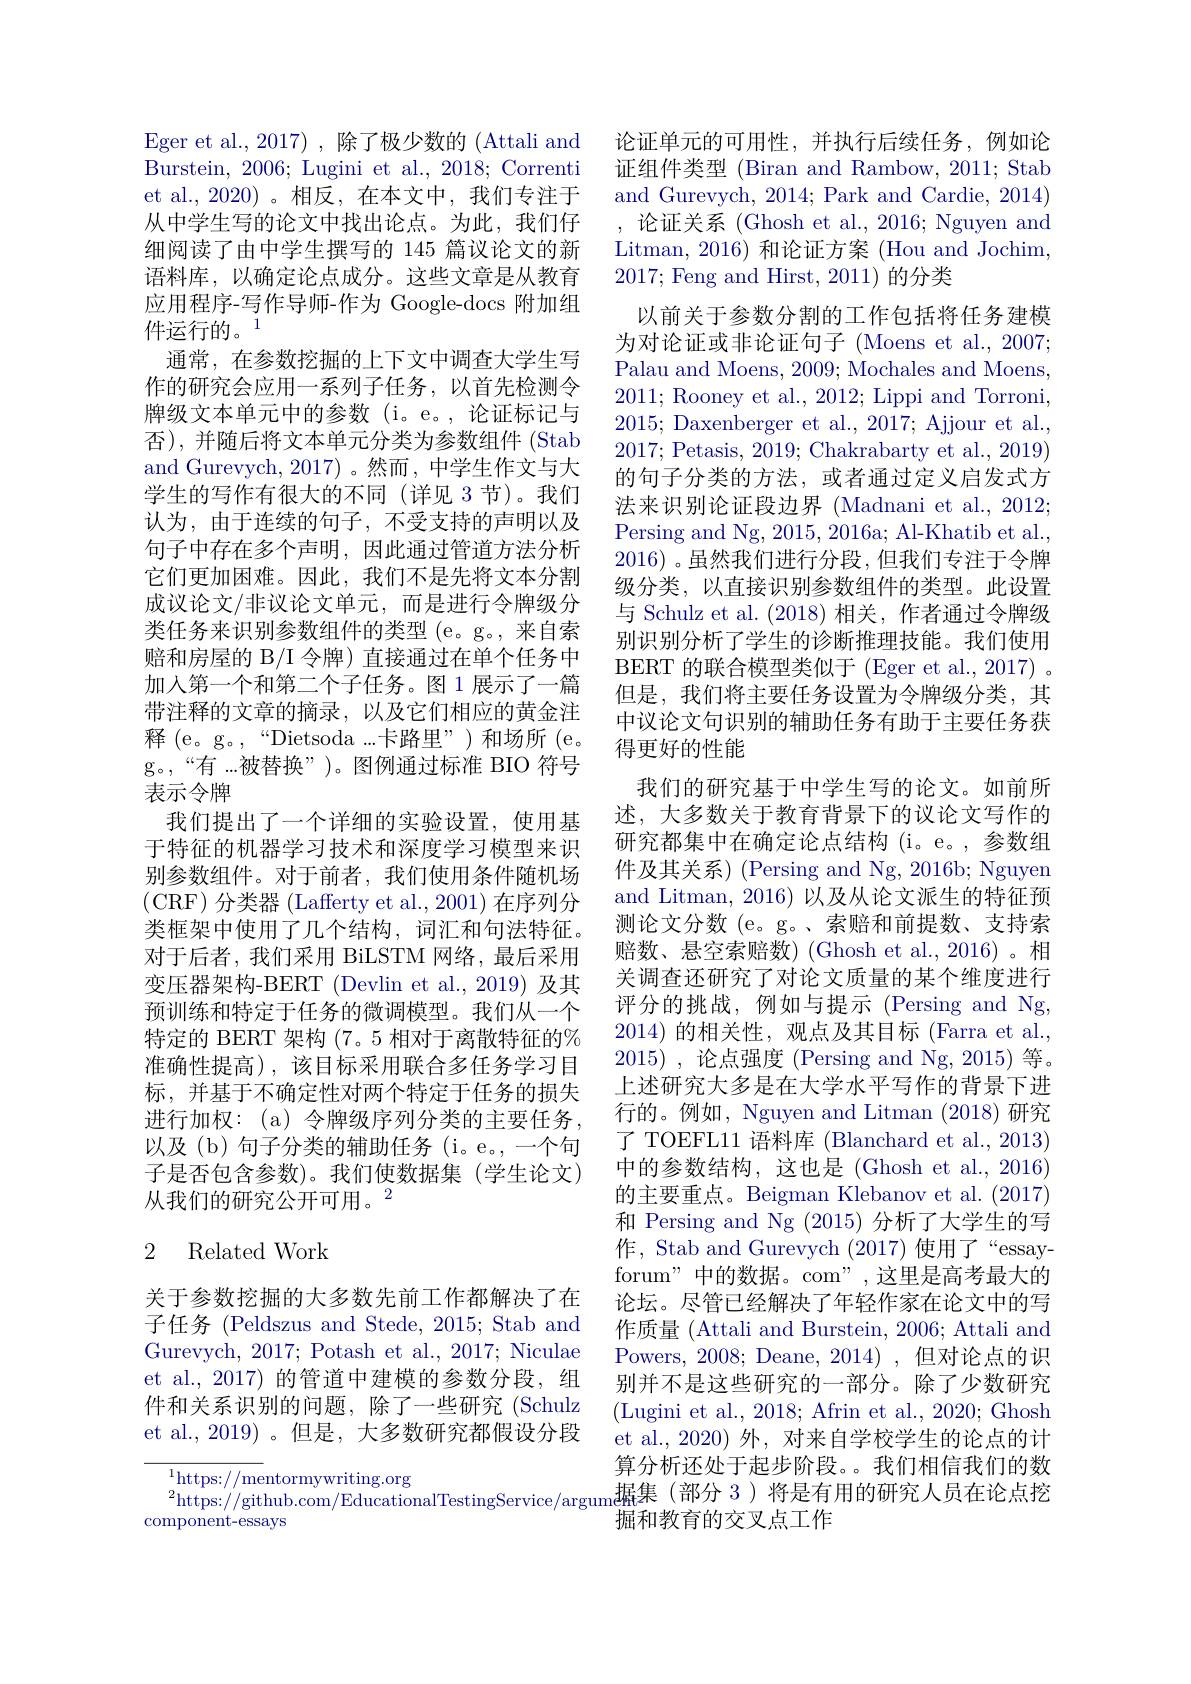
Eger et al., 2017) , 除了极少数的 (Attali and Burstein, 2006; Lugini et al., 2018; Correnti et al.,2020)。相反，在本文中，我们专注于从中学生写的论文中找出论点。为此，我们仔细阅读了由中学生撰写的 145 篇议论文的新语料库，以确定论点成分。这些文章是从教育应用程序-写作导师-作为 Google-docs 附加组件运行的。$\tilde{1}$
通常，在参数挖掘的上下文中调查大学生写作的研究会应用一系列子任务，以首先检测令牌级文本单元中的参数(i。e。,论证标记与否), 并随后将文本单元分类为参数组件 (Stab and Gurevych, 2017) 。然而 , 中学生作文与大学生的写作有很大的不同(详见 3 节)。我们认为，由于连续的句子，不受支持的声明以及句子中存在多个声明，因此通过管道方法分析它们更加困难。因此，我们不是先将文本分割成议论文/非议论文单元，而是进行令牌级分类任务来识别参数组件的类型 (e。g。, 来自索赔和房屋的 B/I 令牌) 直接通过在单个任务中加入第一个和第二个子任务。图 1 展示了一篇带注释的文章的摘录，以及它们相应的黄金注释 (e。g。,“Dietsoda...卡路里”)和场所 (e。g。,“有...被替换”)。图例通过标准 BIO 符号表示令牌
我们提出了一个详细的实验设置，使用基于特征的机器学习技术和深度学习模型来识别参数组件。对于前者，我们使用条件随机场(CRF)分类器 (Lafferty et al.,2001) 在序列分类框架中使用了几个结构，词汇和句法特征。对于后者，我们采用 BiLSTM 网络，最后采用变压器架构-BERT (Devlin et al.,2019) 及其预训练和特定于任务的微调模型。我们从一个特定的 BERT 架构 (7。5 相对于离散特征的% 准确性提高),该目标采用联合多任务学习目标，并基于不确定性对两个特定于任务的损失进行加权：(a)令牌级序列分类的主要任务， 以及(b)句子分类的辅助任务(i。e。,一个句子是否包含参数)。我们使数据集(学生论文) 从我们的研究公开可用。2

论证单元的可用性，并执行后续任务，例如论证组件类型 (Biran and Rambow, 2011; Stab and Gurevych, 2014; Park and Cardie, 2014) ,论证关系(Ghosh et al.,2016; Nguyen and Litman, 2016) 和论证方案 (Hou and Jochim, 2017; Feng and Hirst, 2011) 的分类
以前关于参数分割的工作包括将任务建模为对论证或非论证句子(Moens et al., 2007; Palau and Moens, 2009; Mochales and Moens, 2011; Rooney et al., 2012; Lippi and Torroni, 2015; Daxenberger et al., 2017; Ajjour et al., 2017; Petasis, 2019; Chakrabarty et al., 2019) 的句子分类的方法，或者通过定义启发式方法来识别论证段边界(Madnani et al., 2012; Persing and Ng, 2015, 2016a; Al-Khatib et al., 2016)。虽然我们进行分段，但我们专注于令牌级分类，以直接识别参数组件的类型。此设置与 Schulz et al. (2018)相关，作者通过令牌级别识别分析了学生的诊断推理技能。我们使用BERT 的联合模型类似于 (Eger et al., 2017) 。但是，我们将主要任务设置为令牌级分类，其中议论文句识别的辅助任务有助于主要任务获得更好的性能
我们的研究基于中学生写的论文。如前所述，大多数关于教育背景下的议论文写作的研究都集中在确定论点结构(i。e。,参数组件及其关系) (Persing and Ng, 2016b; Nguyen and Litman, 2016) 以及从论文派生的特征预测论文分数 (e。g。、索赔和前提数、支持索赔数、悬空索赔数)(Ghosh et al.,2016)。相关调查还研究了对论文质量的某个维度进行评分的挑战，例如与提示 (Persing and Ng, 2014)的相关性，观点及其目标 (Farra et al., 2015) ,论点强度 (Persing and Ng, 2015) 等。上述研究大多是在大学水平写作的背景下进行的。例如，Nguyen and Litman (2018)研究了 TOEFL11 语料库 (Blanchard et al., 2013) 中的参数结构，这也是(Ghosh et al., 2016) 的主要重点。Beigman Klebanov et al. (2017) 和 Persing and Ng (2015)分析了大学生的写作，Stab and Gurevych (2017) 使用了“essayforum" 中的数据。com",这里是高考最大的论坛。尽管已经解决了年轻作家在论文中的写作质量 (Attali and Burstein, 2006; Attali and Powers, 2008; Deane, 2014) ,但对论点的识别并不是这些研究的一部分。除了少数研究(Lugini et al., 2018; Afrin et al., 2020; Ghosh et al.,2020) 外，对来自学校学生的论点的计算分析还处于起步阶段。。我们相信我们的数
$$^{2}$https://github.com/EducationalTestingService/argume_{\mathrm{He}}$据集(部分 3)将是有用的研究人员在论点挖
掘和教育的交叉点工作

### 2 Related Work

关于参数挖掘的大多数先前工作都解决了在子任务 (Peldszus and Stede, 2015; Stab and Gurevych, 2017; Potash et al., 2017; Niculae et al., 2017) 的管道中建模的参数分段，组件和关系识别的问题，除了一些研究(Schulz et al.,2019)。但是，大多数研究都假设分段

$^{1}$https://mentormywriting.org
component-essays